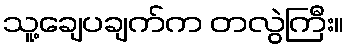
သူ့ချေပချက်က တလွဲကြီး။